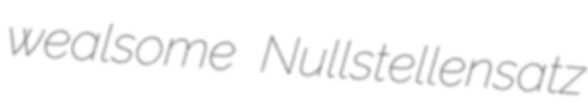
wealsome Nullstellensatz